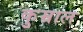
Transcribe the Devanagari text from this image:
कुम्राल